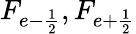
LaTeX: F_{e-\frac{1}{2}},F_{e+\frac{1}{2}}